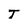
Character: T